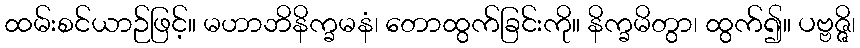
ထမ်းစင်ယာဉ်ဖြင့်။ မဟာဘိနိက္ခမနံ၊ တောထွက်ခြင်းကို။ နိက္ခမိတွာ၊ ထွက်၍။ ပဗ္ဗဇ္ဇိ၊